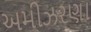
અમીઝરણા